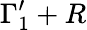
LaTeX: \Gamma_{1}^{\prime}+R